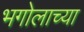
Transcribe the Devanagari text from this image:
भगोलाच्या